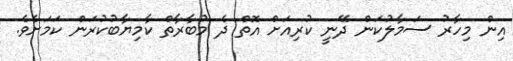
އިން މިހާރު ސަމާލުކަން ދޭނީ ކުރިއަށް އޮތް ދެ މުބާރާތް ކާމިޔާބުކުރަން ކަމަށެވެ.